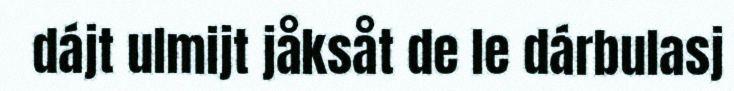
dájt ulmijt jåksåt de le dárbulasj